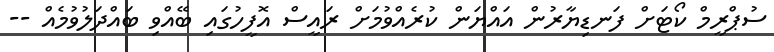
ސުޕްރީމް ކޯޓަށް ފަނޑިޔާރުން އައްޔަން ކުރެއްވުމަށް ރައީސް އޮފީހުގައި ބޭއްވި ބައްދަލުވުމެއް --